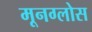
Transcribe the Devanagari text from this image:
मूनग्लोस